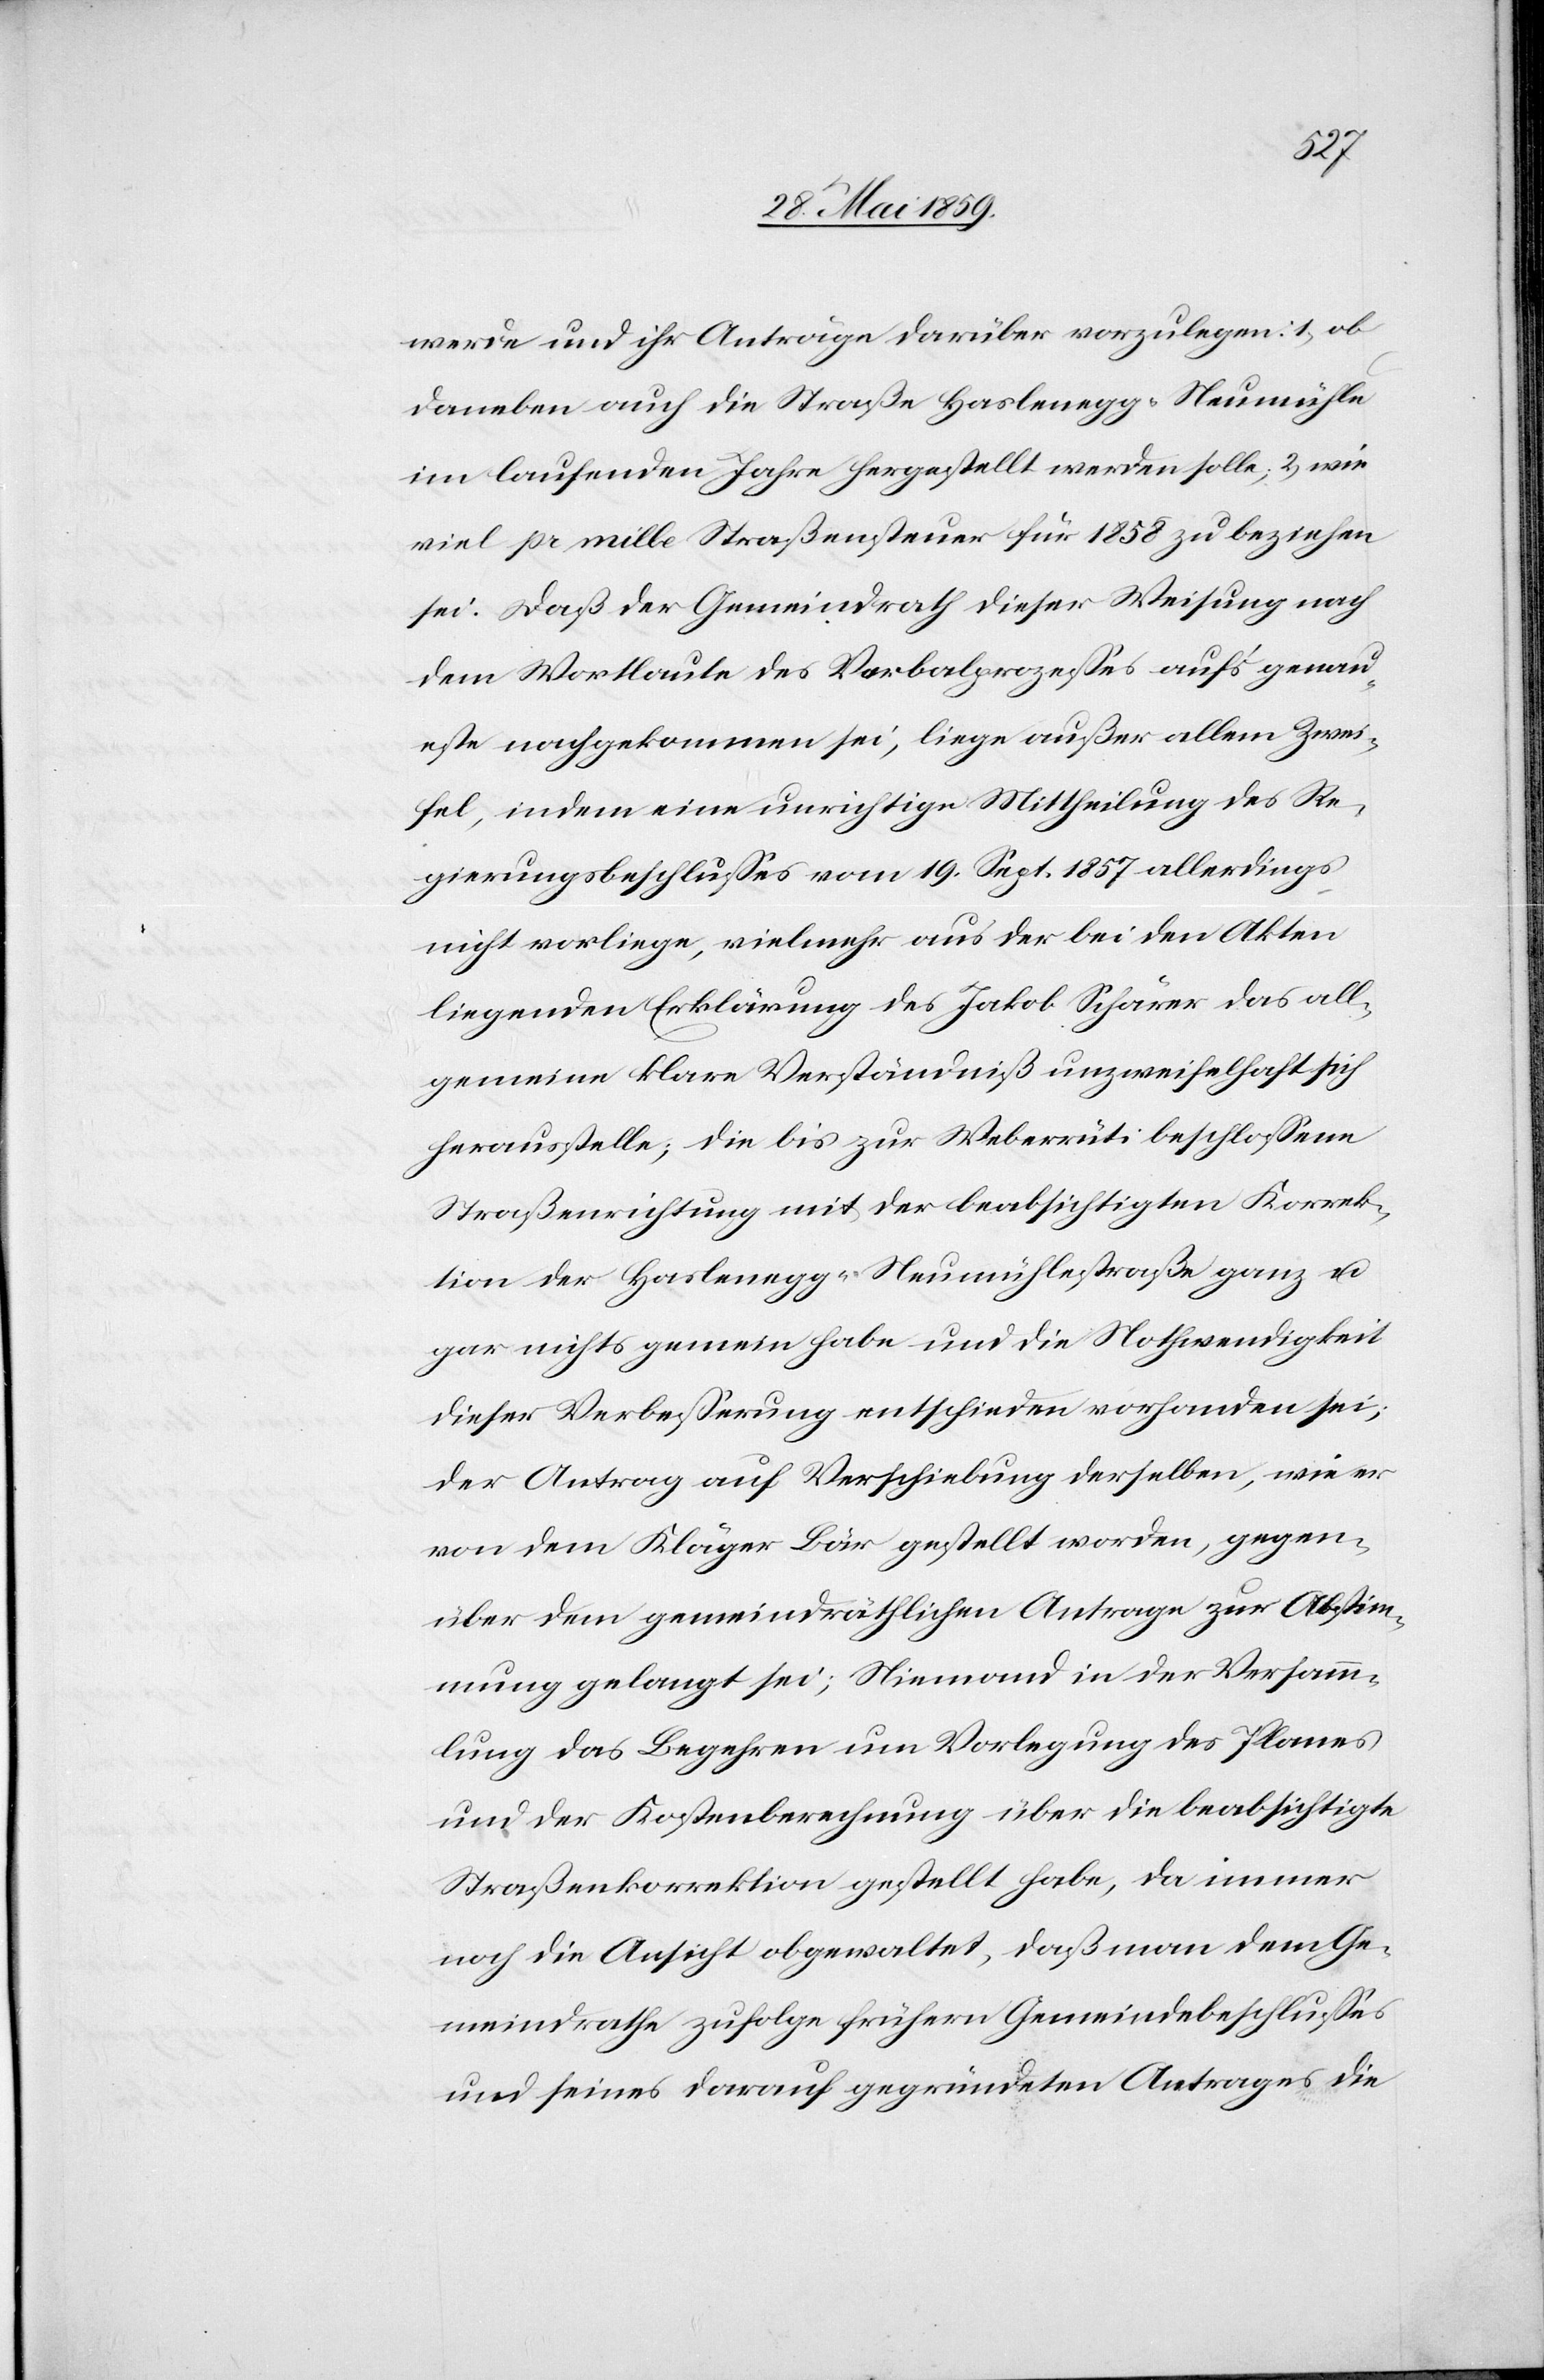
werde und ihr Anträge darüber vorzulegen: 1) ob
daneben auch die Straße Haslenegg–Neumühle
im laufenden Jahre hergestellt werden solle, 2) wie
viel pr mille Straßensteuer für 1858 zu beziehen
sei. Daß der Gemeindrath dieser Weisung nach
dem Wortlaute des Verbalprozesses auf's genau¬
este nachgekommen sei, liege außer allem Zwei¬
fel, indem eine unrichtige Mittheilung des Re¬
gierungsbeschlusses vom 19. Sept. 1857 allerdings
nicht vorliege, vielmehr aus der bei den Akten
liegenden Erklärung des Jakob Schärer das all¬
gemeine klare Verständniß unzweifelhaft sich
herausstelle; die bis zur Weberrüti beschlossene
Straßenrichtung mit der beabsichtigten Korrek¬
tion der Haslenegg–Neumühlestraße ganz u.
gar nichts gemein habe und die Nothwendigkeit
dieser Verbesserung enthschieden vorhanden sei;
der Antrag auf Verschiebung derselben, wie er
von dem Kläger Bär gestellt worden, gegen¬
über dem gemeindräthlichen Antrage zur Abstim¬
mung gelangt sei; Niemand in der Versam¬
mlung das Begehren um Vorlegung des Planes
und der Kostenberechnung über die beabsichtigte
Straßenkorrektion gestellt habe, da immer
noch die Ansicht obgewaltet, daß man dem Ge¬
meindrathe zufolge frühern Gemeindebeschlusses
und seines darauf gegründeten Antrages die